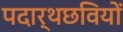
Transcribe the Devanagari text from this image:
पदार्थछवियों